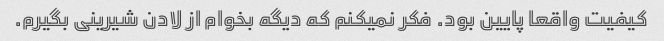
کیفیت واقعا پایین بود. فکر نمیکنم که دیگه بخوام از لادن شیرینی بگیرم.